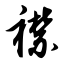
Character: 襟